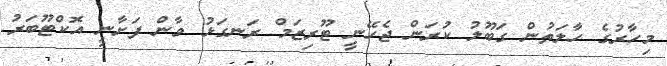
މިހާރުގެ ހާލަތުން ގަބޫލު ކުރަން ޖެހޭނީ ޓޫރިޒަމް ރަނގަޅު ވާން ފަށާނީ އޮކްޓޫބަރު